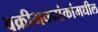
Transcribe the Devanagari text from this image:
वक्रीभवनांकांमधील